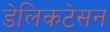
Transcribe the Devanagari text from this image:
डेलिकटेसन